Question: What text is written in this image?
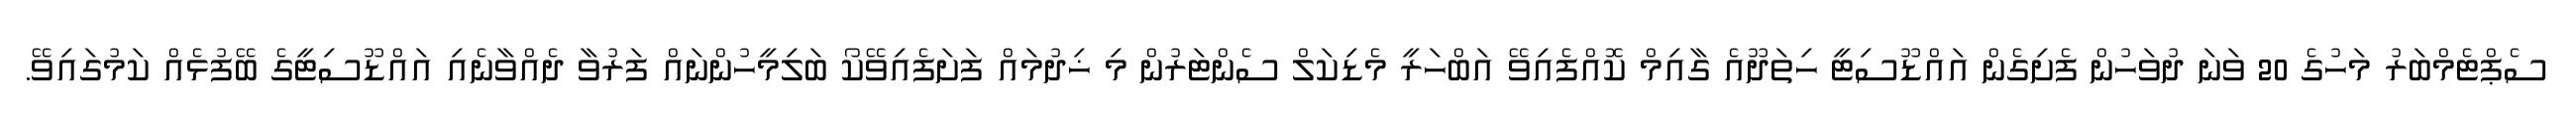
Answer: ސެޕްޓެމްބަރު މަހުގެ 20 ވަނަ ދުވަހުން ފެށިގެން އައްޑޫސިޓީ ހިތަދޫއެ ގާއިމް ކޮއްފެއިވޭ އަބްހަރީ މެޑިކަލް ސެންޓަރުން މި ޚިދުމައް ފަށަފެއިވޭކޯ ބަލިމީހުންނައް ފަރުވާ ދެއްވާނެއި އައްޑޫސިޓީގެ ބޭފުޅެއް ކަމުގައިވޭ.